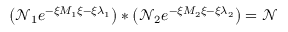
\left( \mathcal { N } _ { 1 } e ^ { - \xi M _ { 1 } \xi - \xi \lambda _ { 1 } } \right) * \left( \mathcal { N } _ { 2 } e ^ { - \xi M _ { 2 } \xi - \xi \lambda _ { 2 } } \right) = \mathcal { N }